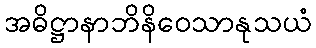
အဓိဋ္ဌာနာဘိနိဝေသာနုသယံ